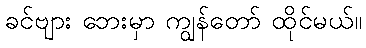
ခင်ဗျား ဘေးမှာ ကျွန်တော် ထိုင်မယ်။